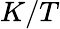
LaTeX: K/T